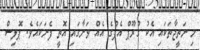
މި ނަތީޖާތަކައި އެކު ގުރޫޕް އެފްގެ އެއް ވަނާގައި އޮތީ ފެނަކައެވެ. ޕޮލިސް